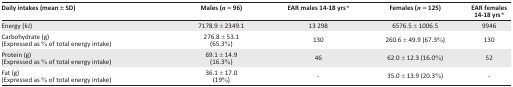
<table><thead><tr><td><b>Daily intakes (mean ± SD)</b></td><td><b>Males (<i>n</i> = 96)</b></td><td><b>EAR males 14-18 yrs<i>*</i></b></td><td><b>Females (<i>n</i> = 125)</b></td><td><b>EAR females 14-18 yrs<i>*</i></b></td></tr></thead><tbody><tr><td>Energy (kJ)</td><td>7178.9 ± 2349.1</td><td>13 298</td><td>6576.5 ± 1006.5</td><td>9946</td></tr><tr><td>Carbohydrate (g)(Expressed as% of total energy intake)</td><td>276.8 ± 53.1 (65.3%)</td><td>130</td><td>260.6 ± 49.9 (67.3%)</td><td>130</td></tr><tr><td>Protein (g)(Expressed as% of total energy intake)</td><td>69.1 ± 14.9 (16.3%)</td><td>46</td><td>62.0 ± 12.3 (16.0%)</td><td>52</td></tr><tr><td>Fat (g)(Expressed as% of total energy intake)</td><td>36.1 ± 17.0 (19%)</td><td>-</td><td>35.0 ± 13.9 (20.3%)</td><td>-</td></tr></tbody></table>